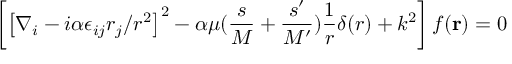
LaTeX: \left[ \left[ \nabla _ { i } - i \alpha \epsilon _ { i j } r _ { j } / r ^ { 2 } \right] ^ { 2 } - \alpha \mu ( { \frac { s } { M } } + { \frac { s ^ { \prime } } { M ^ { \prime } } } ) { \frac { 1 } { r } } \delta ( r ) + k ^ { 2 } \right] f ( { \bf r } ) = 0